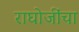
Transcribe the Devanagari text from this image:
राघोजींचा